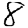
Digit: 8